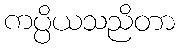
ကပ္ပိယသညိတာ